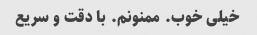
خیلی خوب. ممنونم. با دقت و سریع